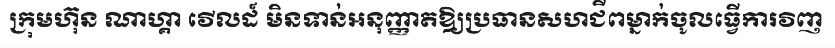
ក្រុមហ៊ុន ណាហ្គា វើលដ៍ មិនទាន់អនុញ្ញាតឱ្យប្រធានសហជីពម្នាក់ចូលធ្វើការវិញ